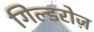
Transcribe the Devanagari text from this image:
गिल्डरोज़